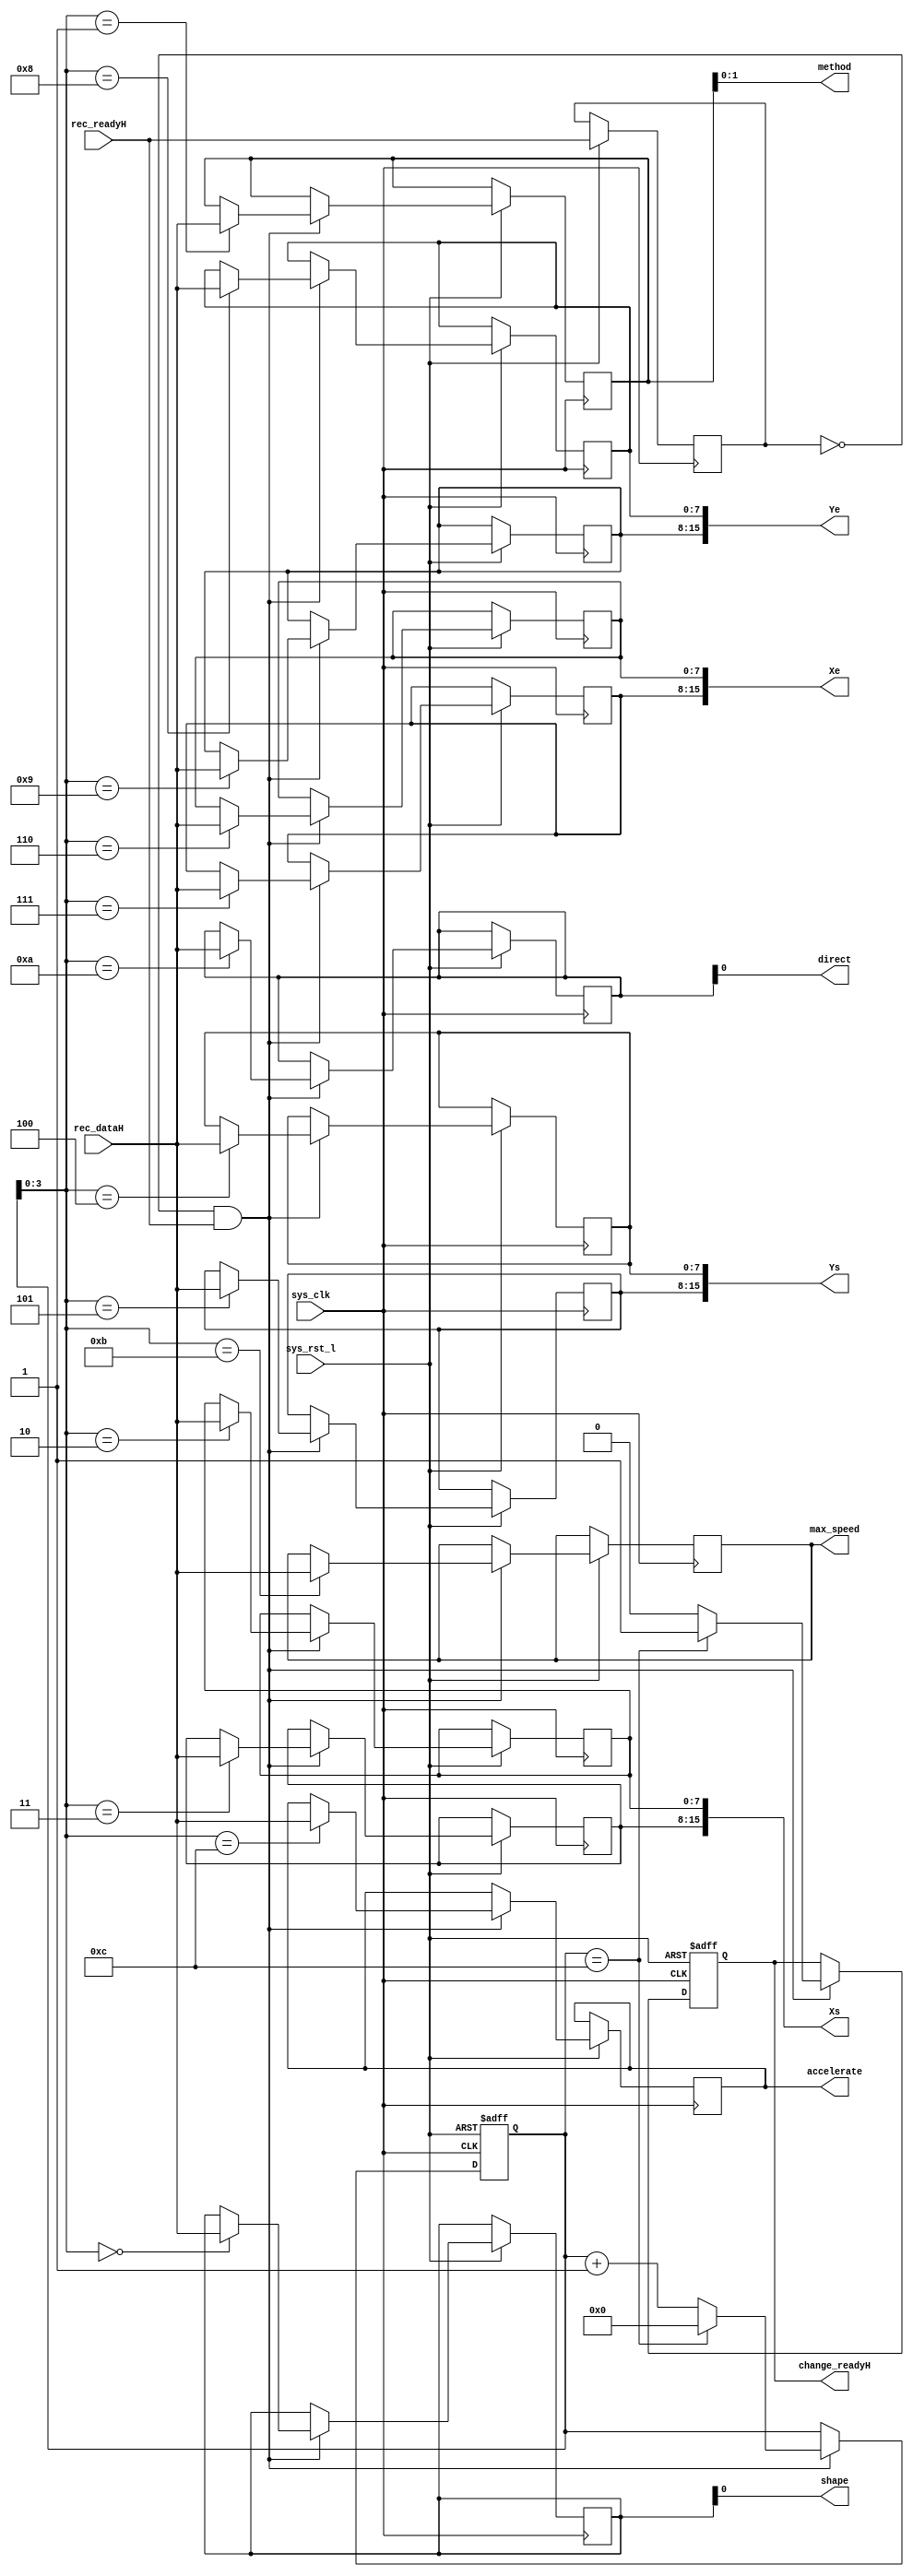

module u_change (	// system connections
				sys_rst_l,
				sys_clk,

				// data input
				rec_dataH,
				
				// sync input
				rec_readyH,
				
				// data output
				shape,		//1bit
				method,		//2bits
				Xs,			//2Bytes
				Ys,			//2Bytes
				Xe,			//2Bytes
				Ye,			//2Bytes
				direct,		//1bit
				max_speed,	//1Byte
				accelerate,	//1Byte
				
				// sync output
				change_readyH

				);

parameter	TOTAL_BYTES = 13;

parameter	LO 		= 1'b0,
          	HI		= 1'b1,		
 		  	X		= 1'bx;

input			sys_rst_l;	// async reset
input			sys_clk;	// main clock

input	[7:0]	rec_dataH;	// parallel received data
input			rec_readyH;	// when high,read a byte of new data

output			shape;
output	[1:0]	method;
output	[15:0] 	Xs;
output	[15:0] 	Ys;
output	[15:0] 	Xe;
output	[15:0] 	Ye;
output			direct;
output 	[7:0] 	max_speed;
output 	[7:0] 	accelerate;

output			change_readyH;

reg				pre_rec_readyH;
reg				r_change_readyH;
reg 	[7:0] 	rec_byte[TOTAL_BYTES-1:0];
reg 	[4:0] 	count;

//
//
//

assign	shape = rec_byte[0][0];
assign	method = rec_byte[1][1:0];
assign	Xs = {rec_byte[3],rec_byte[2]};
assign	Ys = {rec_byte[5],rec_byte[4]};
assign	Xe = {rec_byte[7],rec_byte[6]};
assign	Ye = {rec_byte[9],rec_byte[8]};
assign	direct = rec_byte[10][0];
assign	max_speed = rec_byte[11];
assign	accelerate = rec_byte[12];

assign change_readyH = r_change_readyH;

always @(posedge sys_clk or negedge sys_rst_l)begin
	if(~sys_rst_l)begin
		count <= 0;
		r_change_readyH <= LO;
	end
	else begin
		if( (!pre_rec_readyH) && rec_readyH ) begin		
			if(count == (TOTAL_BYTES-1) )begin
				rec_byte[count] <= rec_dataH;			
				count <= 0;
				r_change_readyH <= HI;	
			end
			else begin
				rec_byte[count] <= rec_dataH;
				count <= count + 1;
				r_change_readyH <= LO;
			end
		end	
		pre_rec_readyH <= rec_readyH;
	end
end

endmodule